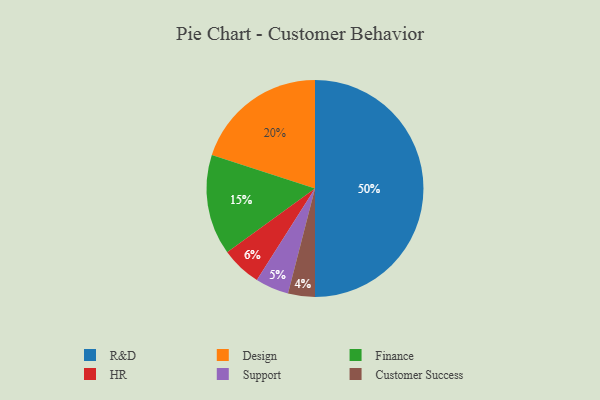
{"axis": {"x": "Category", "y": "Percentage"}, "legend": ["Customer Success", "Design", "Finance", "HR", "R&D", "Support"], "data": [{"x": "Customer Success", "y": 4, "type": "Customer Success"}, {"x": "HR", "y": 6, "type": "HR"}, {"x": "Design", "y": 20, "type": "Design"}, {"x": "R&D", "y": 50, "type": "R&D"}, {"x": "Finance", "y": 15, "type": "Finance"}, {"x": "Support", "y": 5, "type": "Support"}]}